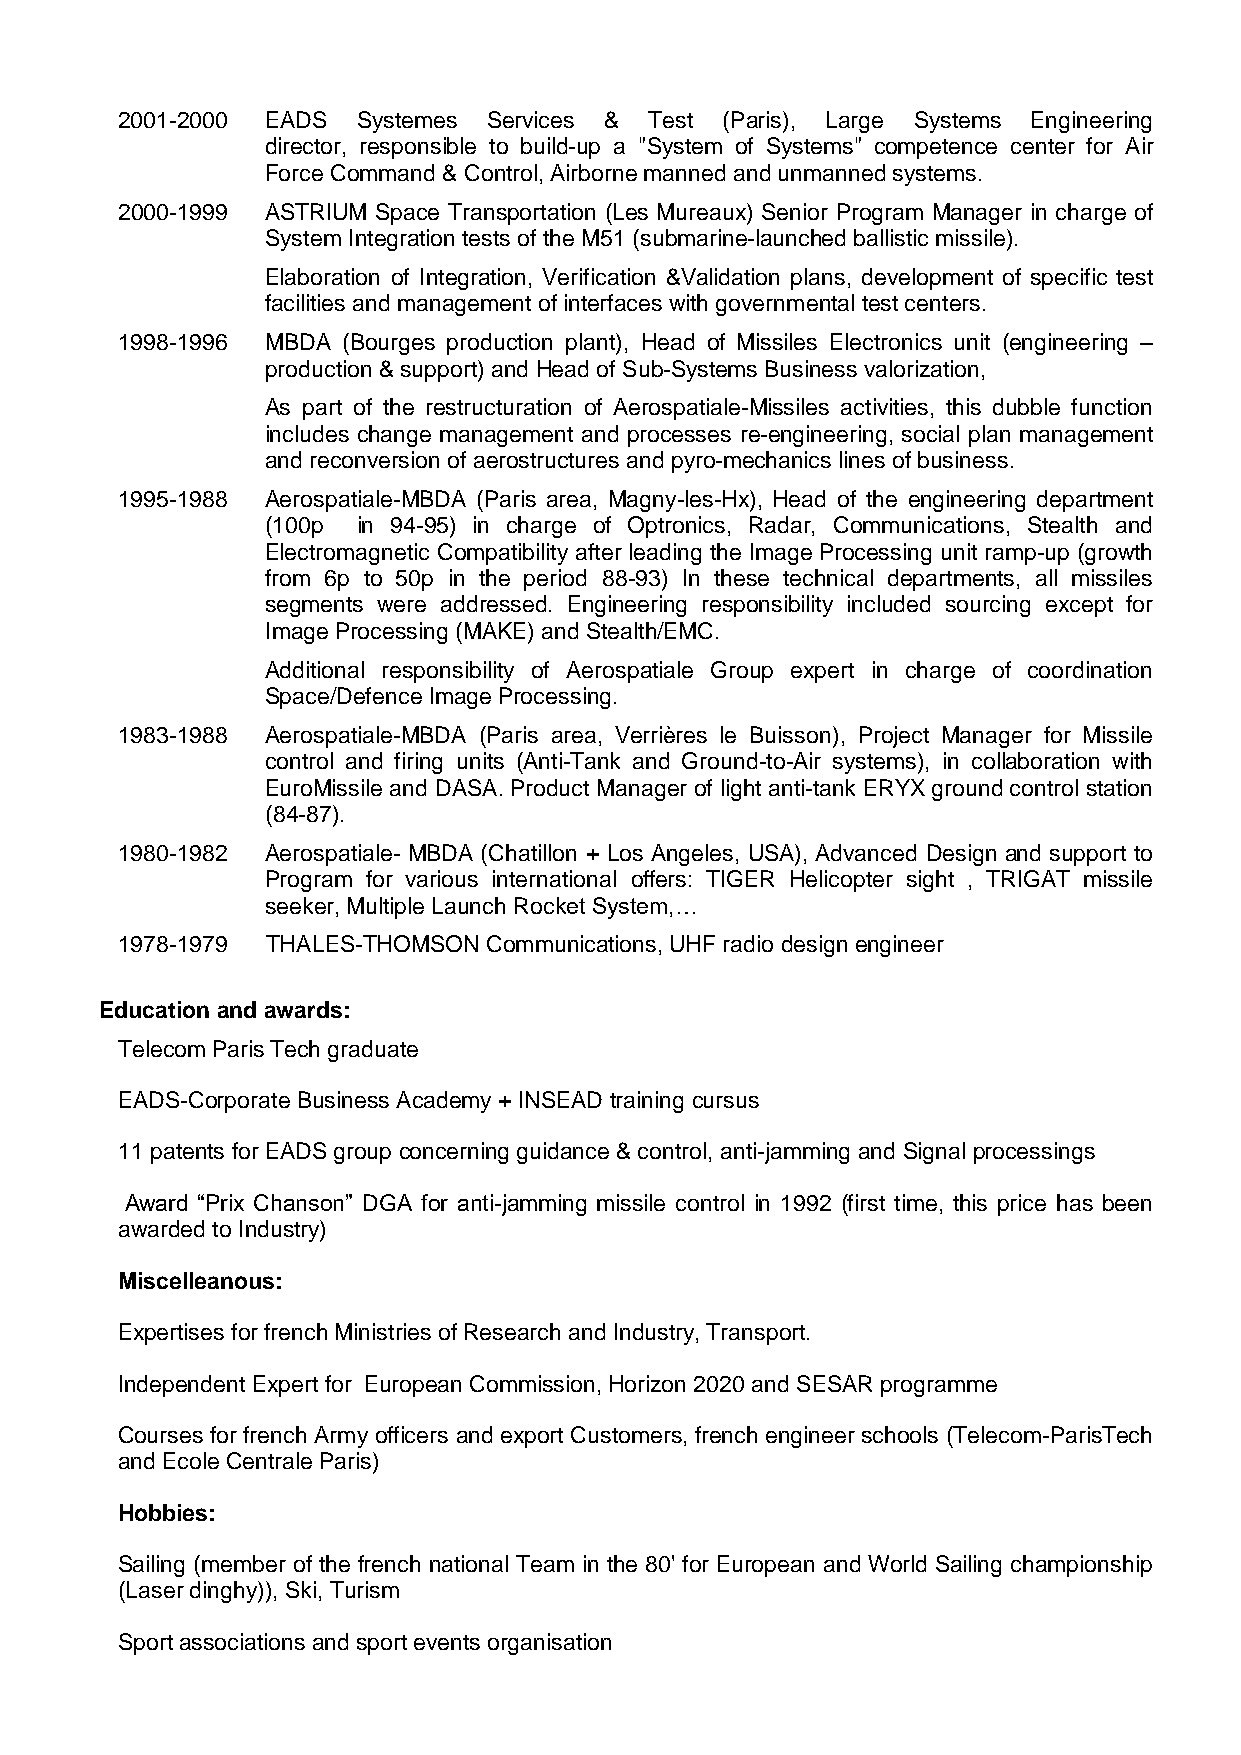
2001-2000 EADS  Systemes Services & Test (Paris), Large Systems Engineering
 director, responsible to build-up a "System of Systems" competence center for Air
 Force Command & Control, Airborne manned and unmanned systems.
 2000-1999 ASTRIUM Space Transportation (Les Mureaux) Senior Program Manager in charge of
 System Integration tests of the M51 (submarine-launched ballistic missile).
 Elaboration of Integration, Verification &Validation plans, development of specific test
 facilities and management of interfaces with governmental test centers.
 1998-1996 MBDA (Bourges production plant), Head of Missiles Electronics unit (engineering –
 production & support) and Head of Sub-Systems Business valorization,
 As part of the restructuration of Aerospatiale-Missiles activities, this dubble function
 includes change management and processes re-engineering, social plan management
 and reconversion of aerostructures and pyro-mechanics lines of business.
 1995-1988 Aerospatiale-MBDA (Paris area, Magny-les-Hx), Head of the engineering department
 (100p in 94-95) in charge of Optronics, Radar, Communications, Stealth and
 Electromagnetic Compatibility after leading the Image Processing unit ramp-up (growth
 from 6p to 50p in the period 88-93) In these technical departments, all missiles
 segments were addressed. Engineering responsibility included sourcing except for
 Image Processing (MAKE) and Stealth/EMC.
 Additional responsibility of Aerospatiale Group expert in charge of coordination
 Space/Defence Image Processing.
 1983-1988 Aerospatiale-MBDA (Paris area, Verrières le Buisson), Project Manager for Missile
 control and firing units (Anti-Tank and Ground-to-Air systems), in collaboration with
 EuroMissile and DASA. Product Manager of light anti-tank ERYX ground control station
 (84-87).
 1980-1982 Aerospatiale- MBDA (Chatillon + Los Angeles, USA), Advanced Design and support to
 Program for various international offers: TIGER Helicopter sight , TRIGAT missile
 seeker, Multiple Launch Rocket System,…
 1978-1979 THALES-THOMSON Communications, UHF radio design engineer
 Education and awards:
 Telecom Paris Tech graduate
 EADS-Corporate Business Academy + INSEAD training cursus
 11 patents for EADS group concerning guidance & control, anti-jamming and Signal processings
 Award “Prix Chanson” DGA for anti-jamming missile control in 1992 (first time, this price has been
 awarded to Industry)
 Miscelleanous:
 Expertises for french Ministries of Research and Industry, Transport.
 Independent Expert for European Commission, Horizon 2020 and SESAR programme
 Courses for french Army officers and export Customers, french engineer schools (Telecom-ParisTech
 and Ecole Centrale Paris)
 Hobbies:
 Sailing (member of the french national Team in the 80' for European and World Sailing championship
 (Laser dinghy)), Ski, Turism
 Sport associations and sport events organisation